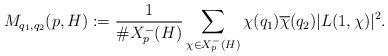
LaTeX: \begin{align*} M_{q_1,q_2}(p,H) :=\frac{1}{\# X_p^-(H)} \sum_{\chi \in X_p^-(H)} \chi(q_1)\overline{\chi}(q_2)|L(1,\chi)|^2. \end{align*}